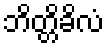
ဘိတ္တိခိလံ